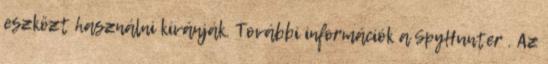
eszközt használni kívánják. További információk a SpyHunter . Az